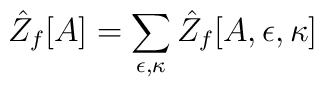
\hat{Z}_f[A]=\sum_{\epsilon,\kappa}\hat{Z}_f[A,\epsilon,\kappa]